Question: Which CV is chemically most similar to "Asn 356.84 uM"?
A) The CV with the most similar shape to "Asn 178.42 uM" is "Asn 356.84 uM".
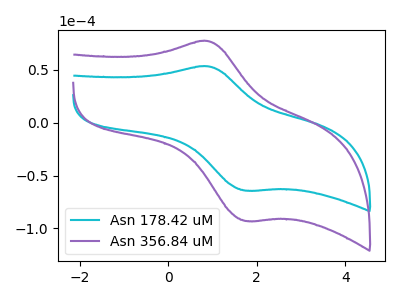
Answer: <think>The cyan curve "Asn 178.42 uM" has an anodic peak at (0.90V, 53.45uA) and a cathodic peak at (1.75V, -64.25uA). The purple curve "Asn 356.84 uM" has an anodic peak at (0.90V, 77.35uA) and a cathodic peak at (1.75V, -93.00uA).
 All the peaks in "Asn 178.42 uM" have a peak in "Asn 356.84 uM" at the same potential. Every peak in "Asn 178.42 uM" is lower than every peak in "Asn 356.84 uM".</think>
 <answer>A) The CV with the most similar shape to "Asn 178.42 uM" is "Asn 356.84 uM".</answer>
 <eval>A</eval>